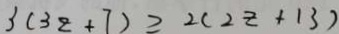
3 ( 3 z + 7 ) \geq 2 ( 2 z + 1 3 )